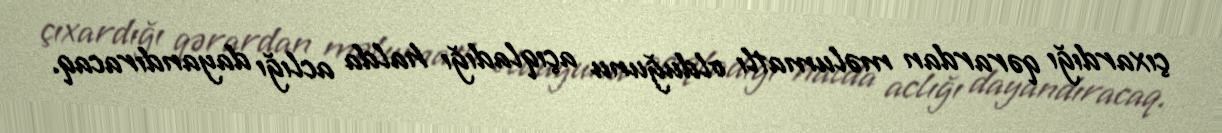
çıxardığı qərardan məlumatlı olduğunu açıqladığı halda aclığı dayandıracaq.